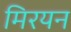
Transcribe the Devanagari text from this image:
मिरयन